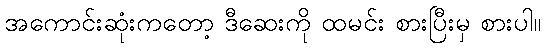
အကောင်းဆုံးကတော့ ဒီဆေးကို ထမင်း စားပြီးမှ စားပါ။